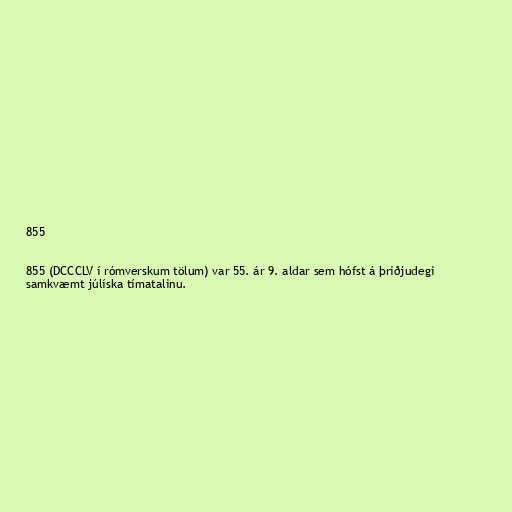
855

855 (DCCCLV í rómverskum tölum) var 55. ár 9. aldar sem hófst á þriðjudegi
samkvæmt júlíska tímatalinu.